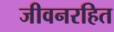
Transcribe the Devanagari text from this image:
जीवनरहित